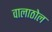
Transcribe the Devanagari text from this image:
वालाठोल